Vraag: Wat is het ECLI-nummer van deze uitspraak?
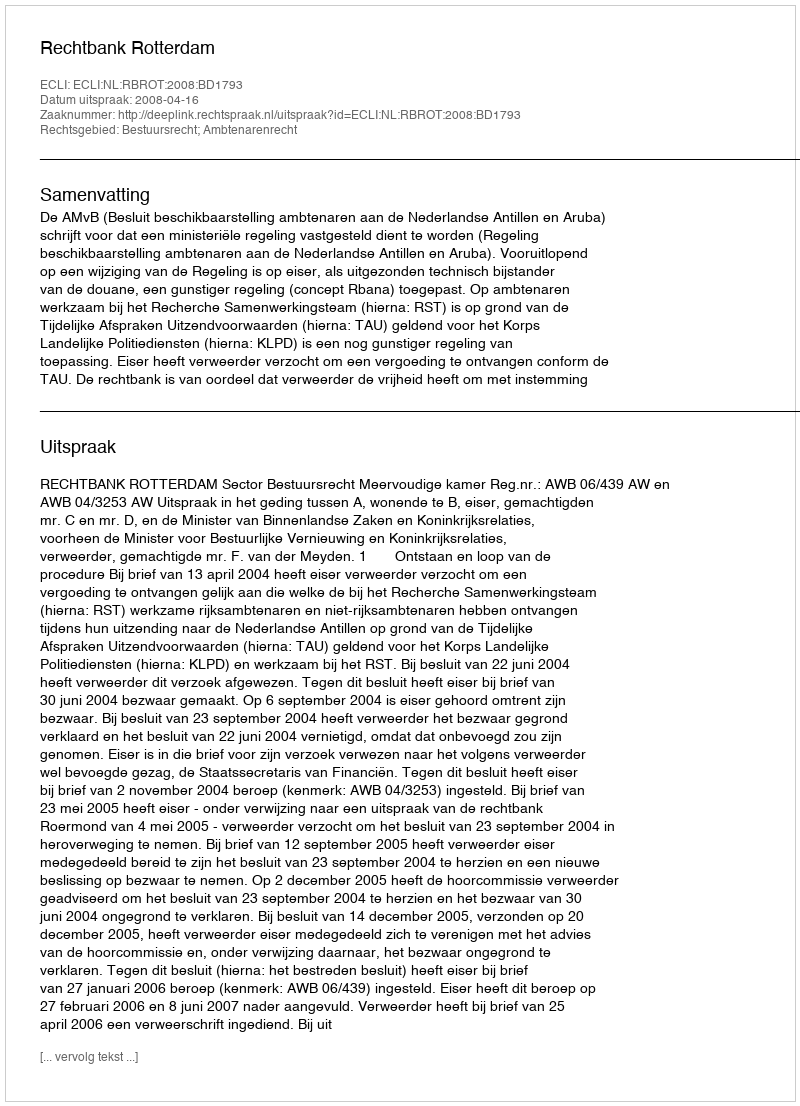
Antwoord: ECLI:NL:RBROT:2008:BD1793